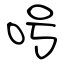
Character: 呺